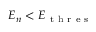
E _ { n } < E _ { \mathrm { ~ t ~ h ~ r ~ e ~ s ~ } }